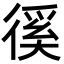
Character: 徯